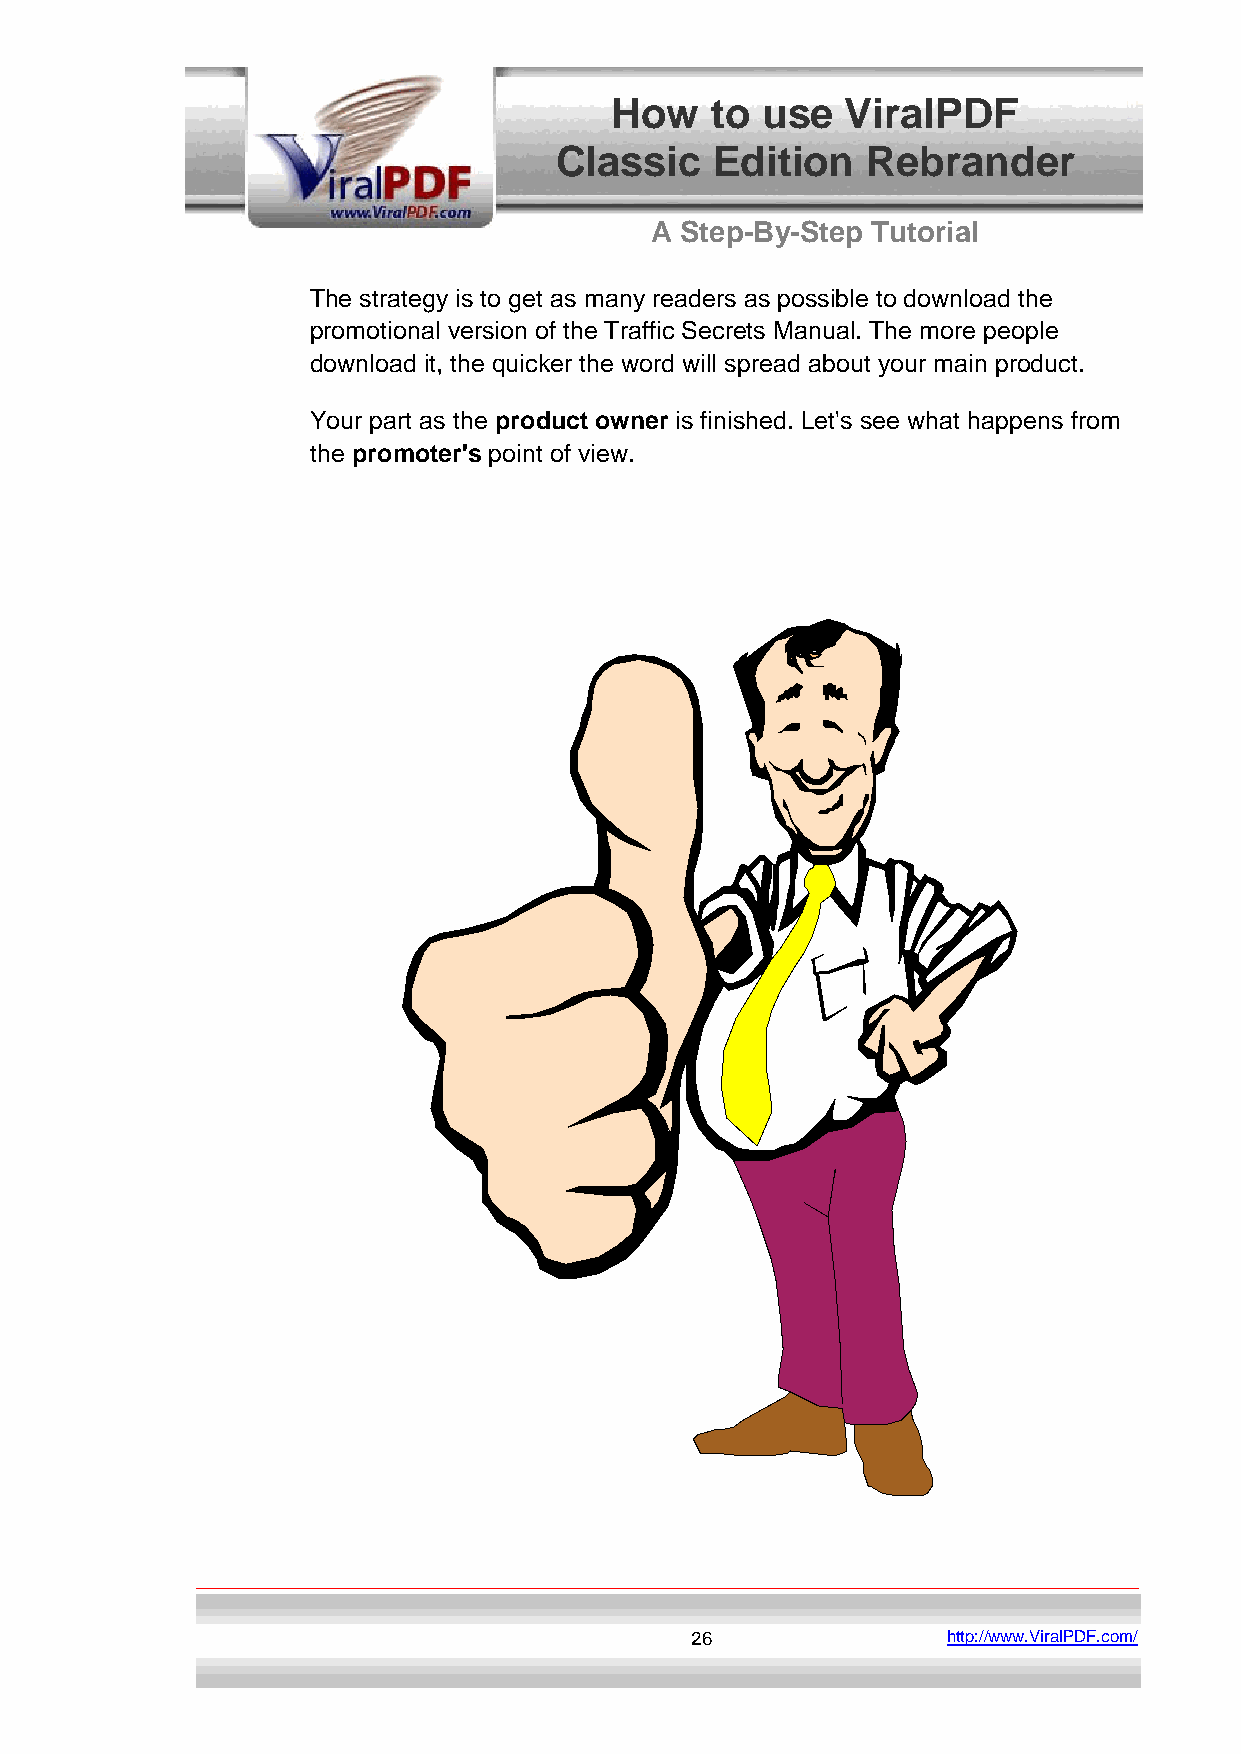
How    to use   ViralPDF
 Classic   Edition   Rebrander
 A Step-By-Step Tutorial
 The strategy is to get as many readers as possible to download the
 promotional version of the Traffic Secrets Manual. The more people
 download it, the quicker the word will spread about your main product.
 Your part as the product owner is finished. Let's see what happens from
 the promoter's point of view.
 26               http://www.ViralPDF.com/